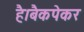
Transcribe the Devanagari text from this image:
है।बैकपेकर